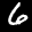
Label: 6